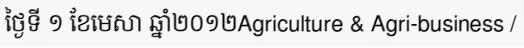
ថ្ងៃទី ១ ខែមេសា ឆ្នាំ២០១២Agriculture & Agri-business /